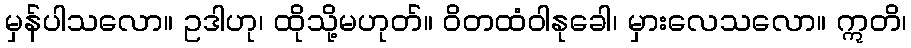
မှန်ပါသလော။ ဥဒါဟု၊ ထိုသို့မဟုတ်။ ဝိတထံဝါနုခေါ၊ မှားလေသလော။ ဣတိ၊